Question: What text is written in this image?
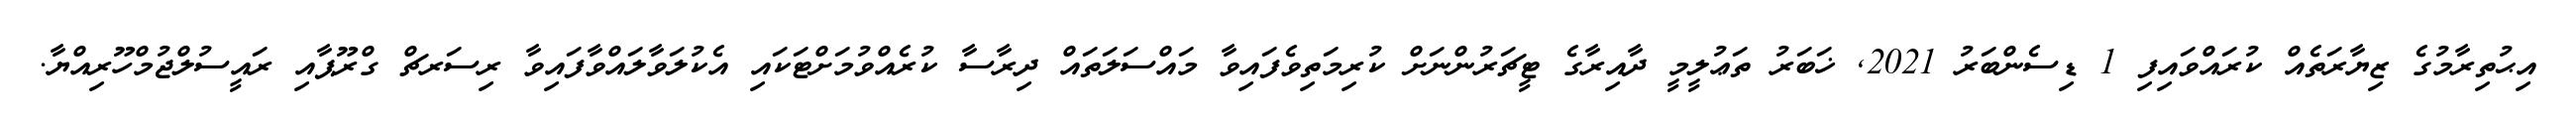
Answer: އިޙުތިރާމުގެ ޒިޔާރަތެއް ކުރައްވައިފި 1 ޑިސެންބަރު 2021, ޚަބަރު ތަޢުލީމީ ދާއިރާގެ ޓީޗަރުންނަށް ކުރިމަތިވެފައިވާ މައްސަލަތައް ދިރާސާ ކުރެއްވުމަށްޓަކައި އެކުލަވާލައްވާފައިވާ ރިސަރޗް ގްރޫޕާއި ރައީސުލްޖުމްހޫރިއްޔާ.